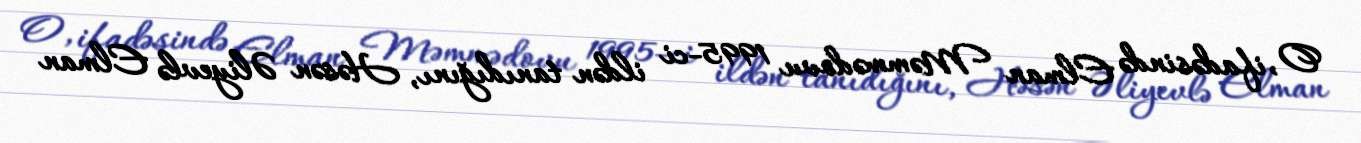
O, ifadəsində Elman Məmmədovu 1995-ci ildən tanıdığını, Həsən Əliyevlə Elman